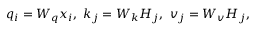
q _ { i } = W _ { q } x _ { i } , \ k _ { j } = W _ { k } H _ { j } , \ v _ { j } = W _ { v } H _ { j } ,